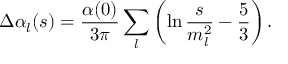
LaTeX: \Delta \alpha _ { l } ( s ) = { \frac { \alpha ( 0 ) } { 3 \pi } } \sum _ { l } \left( \ln { \frac { s } { m _ { l } ^ { 2 } } } - { \frac { 5 } { 3 } } \right) .